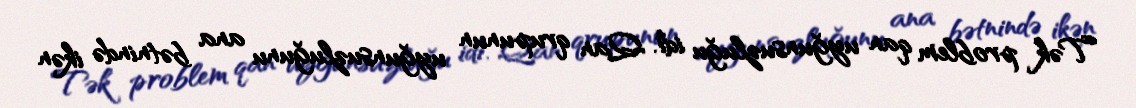
Tək problem qan uyğunsuzluğu idi. Qan qrupunun uyğunsuzluğunu ana bətnində ikən